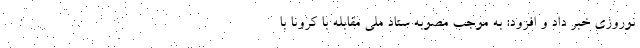
نوروزی خبر داد و افزود: به موجب مصوبه ستاد ملی مقابله با کرونا با